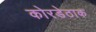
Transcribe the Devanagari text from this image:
कोरडेठाक